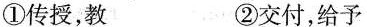
①传授，教 ②交付，给予